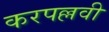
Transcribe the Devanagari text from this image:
करपल्लवी